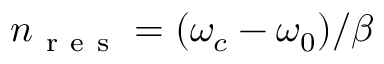
n _ { \mathrm { ~ r ~ e ~ s ~ } } = ( \omega _ { c } - \omega _ { 0 } ) / \beta